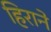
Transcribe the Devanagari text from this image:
हिराने